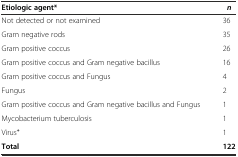
| Etiologic agent* | n |
 | --- | --- |
 | Not detected or not examined | 36 |
 | Gram negative rods | 35 |
 | Gram positive coccus | 26 |
 | Gram positive coccus and Gram negative bacillus | 16 |
 | Gram positive coccus and Fungus | 4 |
 | Fungus | 2 |
 | Gram positive coccus and Gram negative bacillus and Fungus | 1 |
 | Mycobacterium tuberculosis | 1 |
 | Virus+ | 1 |
 | Total | 122 |